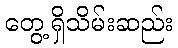
တွေ့ရှိသိမ်းဆည်း